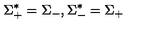
\Sigma _ { + } ^ { * } = \Sigma _ { - } , \Sigma _ { - } ^ { * } = \Sigma _ { + }